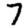
Digit: 7